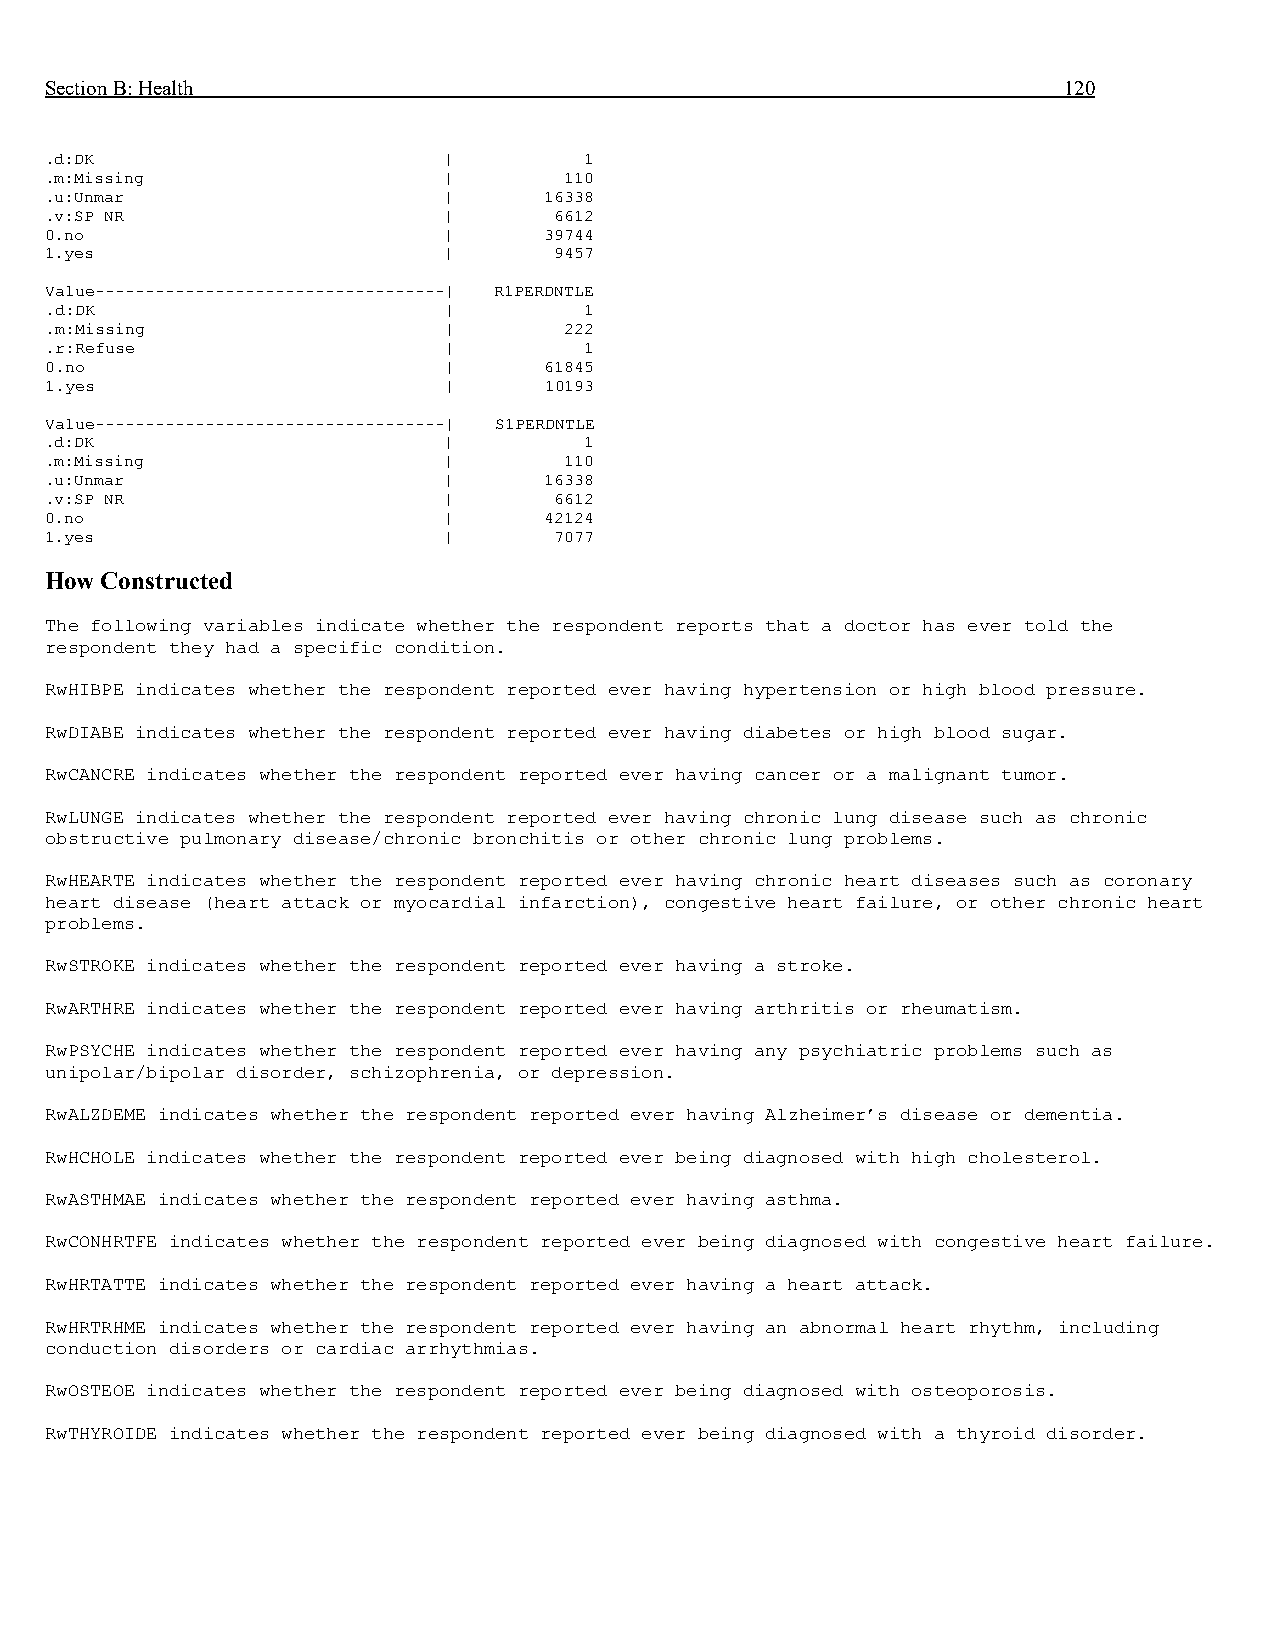
Section B: Health                                                  120
 .d:DK                     |         1
 .m:Missing                |       110
 .u:Unmar                  |      16338
 .v:SP NR                  |       6612
 0.no                      |      39744
 1.yes                     |       9457
 Value-----------------------------------| R1PERDNTLE
 .d:DK                     |         1
 .m:Missing                |       222
 .r:Refuse                 |         1
 0.no                      |      61845
 1.yes                     |      10193
 Value-----------------------------------| S1PERDNTLE
 .d:DK                     |         1
 .m:Missing                |       110
 .u:Unmar                  |      16338
 .v:SP NR                  |       6612
 0.no                      |      42124
 1.yes                     |       7077
 How Constructed
 The following variables indicate whether the respondent reports that a doctor has ever told the
 respondent they had a specific condition.
 RwHIBPE indicates whether the respondent reported ever having hypertension or high blood pressure.
 RwDIABE indicates whether the respondent reported ever having diabetes or high blood sugar.
 RwCANCRE indicates whether the respondent reported ever having cancer or a malignant tumor.
 RwLUNGE indicates whether the respondent reported ever having chronic lung disease such as chronic
 obstructive pulmonary disease/chronic bronchitis or other chronic lung problems.
 RwHEARTE indicates whether the respondent reported ever having chronic heart diseases such as coronary
 heart disease (heart attack or myocardial infarction), congestive heart failure, or other chronic heart
 problems.
 RwSTROKE indicates whether the respondent reported ever having a stroke.
 RwARTHRE indicates whether the respondent reported ever having arthritis or rheumatism.
 RwPSYCHE indicates whether the respondent reported ever having any psychiatric problems such as
 unipolar/bipolar disorder, schizophrenia, or depression.
 RwALZDEME indicates whether the respondent reported ever having Alzheimer’s disease or dementia.
 RwHCHOLE indicates whether the respondent reported ever being diagnosed with high cholesterol.
 RwASTHMAE indicates whether the respondent reported ever having asthma.
 RwCONHRTFE indicates whether the respondent reported ever being diagnosed with congestive heart failure.
 RwHRTATTE indicates whether the respondent reported ever having a heart attack.
 RwHRTRHME indicates whether the respondent reported ever having an abnormal heart rhythm, including
 conduction disorders or cardiac arrhythmias.
 RwOSTEOE indicates whether the respondent reported ever being diagnosed with osteoporosis.
 RwTHYROIDE indicates whether the respondent reported ever being diagnosed with a thyroid disorder.